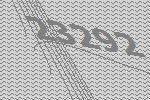
23292